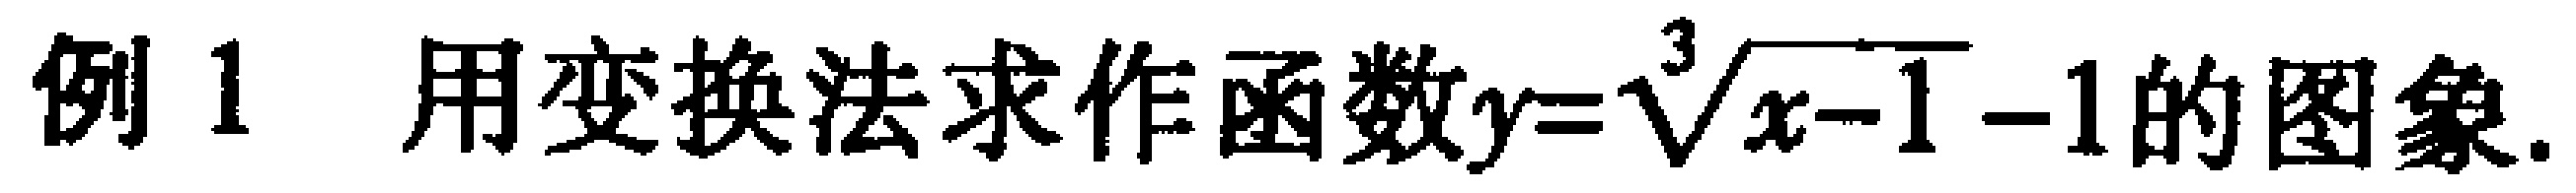
例 1  用变换法求作函数\(y = \sqrt[3]{\sqrt{x - 1}} - 1\)的图象.